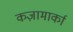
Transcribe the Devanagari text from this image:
कज़ामार्का